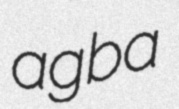
agba